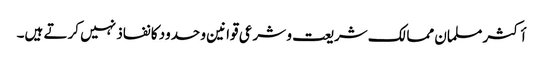
أکثر مسلمان ممالک شریعت و شرعی قوانین و حدود کا نفاذ نہیں کرتے ہیں۔